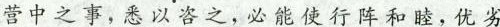
营中之事，悉以咨之，必能使行阵和睦，优劣